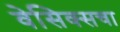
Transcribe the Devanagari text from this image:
वेसिक्सचा